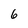
Character: 6